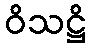
ဝိသဋ္ဌိ